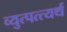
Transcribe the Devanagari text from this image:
व्युत्पत्त्यर्थ